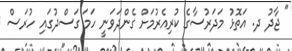
" ޖާދު ދ. އަތޮޅު މަދަރުސާގެ ކުރިއެރުމަށް ގެންދަވަނީ ހަމަ ގަސްދުގައި ހުރަސް